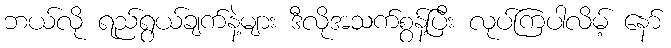
ဘယ်လို ရည်ရွယ်ချက်နဲ့များ ဒီလိုအသက်စွန့်ပြီး လုပ်ကြပါလိမ့် နော်